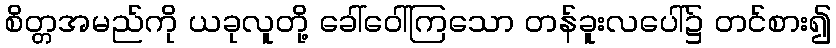
စိတ္တအမည်ကို ယခုလူတို့ ခေါ်ဝေါ်ကြသော တန်ခူးလပေါ်၌ တင်စား၍